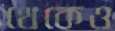
থেকেও